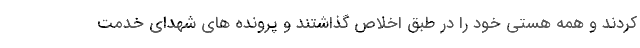
کردند و همه هستی خود را در طبق اخلاص گذاشتند و پرونده های شهدای خدمت